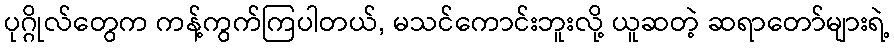
ပုဂ္ဂိုလ်တွေက ကန့်ကွက်ကြပါတယ်, မသင်ကောင်းဘူးလို့ ယူဆတဲ့ ဆရာတော်များရဲ့